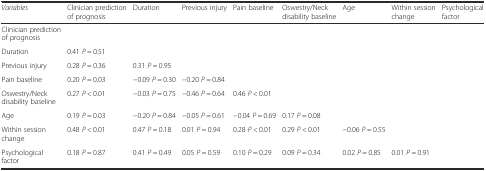
<table><thead><tr><td><b><i>Variables</i></b></td><td><b>Clinician prediction of prognosis</b></td><td><b>Duration</b></td><td><b>Previous injury</b></td><td><b>Pain baseline</b></td><td><b>Oswestry/Neck disability baseline</b></td><td><b>Age</b></td><td><b>Within session change</b></td><td><b>Psychological factor</b></td></tr></thead><tbody><tr><td>Clinician prediction of prognosis</td><td></td><td></td><td></td><td></td><td></td><td></td><td></td><td></td></tr><tr><td>Duration</td><td>0.41 <i>P</i> = 0.51</td><td></td><td></td><td></td><td></td><td></td><td></td><td></td></tr><tr><td>Previous injury</td><td>0.28 <i>P</i> = 0.36</td><td>0.31 <i>P</i> = 0.95</td><td></td><td></td><td></td><td></td><td></td><td></td></tr><tr><td>Pain baseline</td><td>0.20 <i>P</i> = 0.03</td><td>−0.09 <i>P</i> = 0.30</td><td>−0.20 <i>P</i> = 0.84</td><td></td><td></td><td></td><td></td><td></td></tr><tr><td>Oswestry/Neck disability baseline</td><td>0.27 <i>P</i> &lt; 0.01</td><td>−0.03 <i>P</i> = 0.75</td><td>−0.46 <i>P</i> = 0.64</td><td>0.46 <i>P</i> &lt; 0.01</td><td></td><td></td><td></td><td></td></tr><tr><td>Age</td><td>0.19 <i>P</i> = 0.03</td><td>−0.20 <i>P</i> = 0.84</td><td>−0.05 <i>P</i> = 0.61</td><td>−0.04 <i>P</i> = 0.69</td><td>0.17 <i>P</i> = 0.08</td><td></td><td></td><td></td></tr><tr><td>Within session change</td><td>0.48 <i>P</i> &lt; 0.01</td><td>0.47 <i>P</i> = 0.18</td><td>0.01 <i>P</i> = 0.94</td><td>0.28 <i>P</i> &lt; 0.01</td><td>0.29 <i>P</i> &lt; 0.01</td><td>−0.06 <i>P</i> = 0.55</td><td></td><td></td></tr><tr><td>Psychological factor</td><td>0.18 <i>P</i> = 0.87</td><td>0.41 <i>P</i> = 0.49</td><td>0.05 <i>P</i> = 0.59</td><td>0.10 <i>P</i> = 0.29</td><td>0.09 <i>P</i> = 0.34</td><td>0.02 <i>P</i> = 0.85</td><td>0.01 <i>P</i> = 0.91</td><td></td></tr></tbody></table>